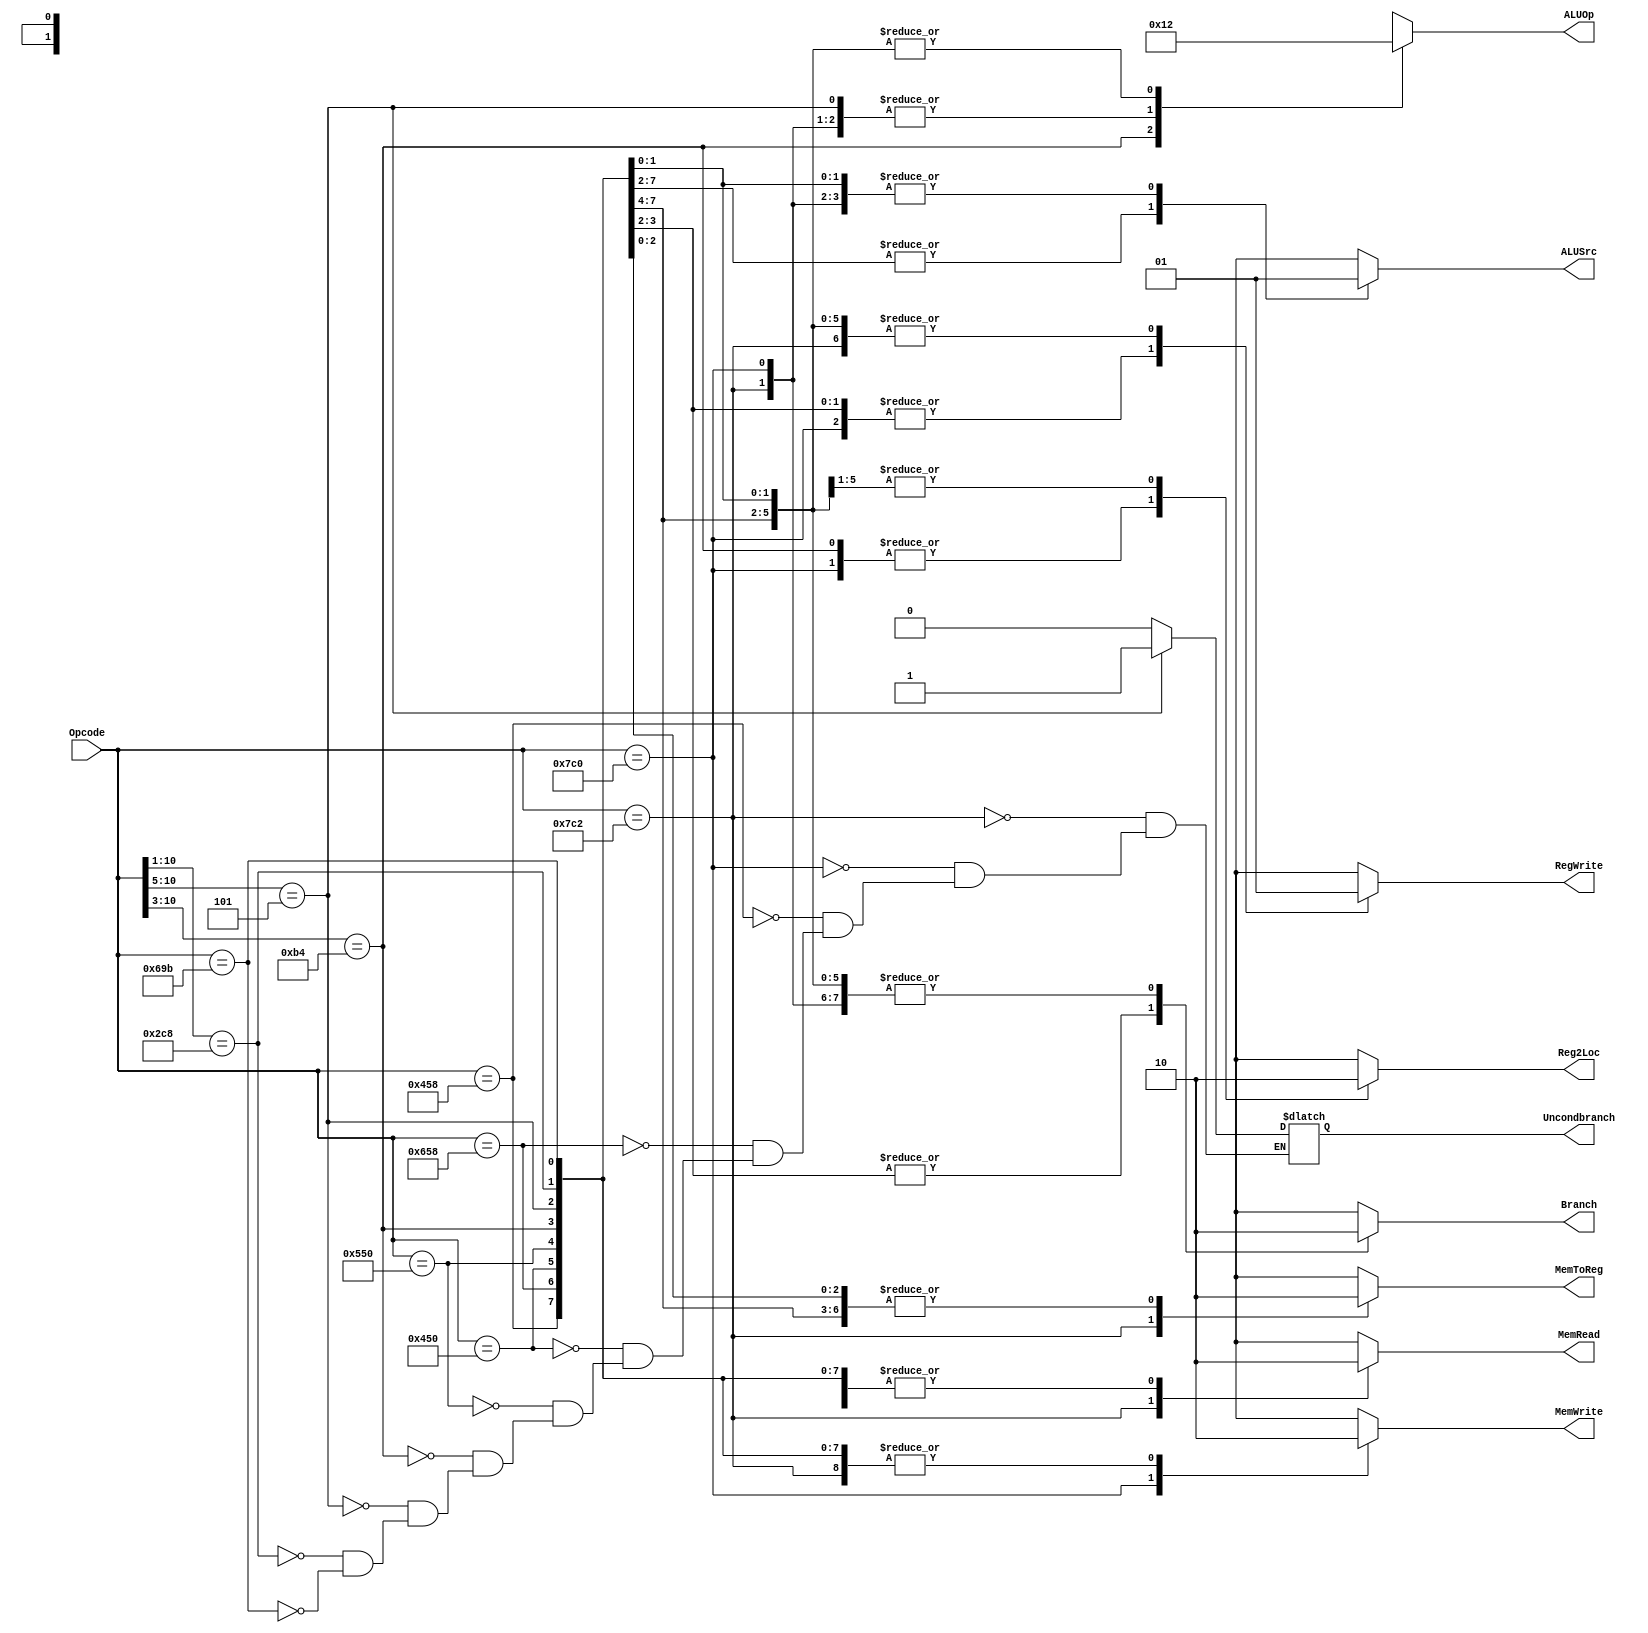
`timescale 1ns / 1ps
//////////////////////////////////////////////////////////////////////////////////
// Company: 
// Engineer: 
// 
// Design Name: 
// Module Name:    SingleCycleControl 
// Project Name: 
// Target Devices: 
// Tool versions: 
// Description: 
//
// Dependencies: 
//
// Revision: 
// Revision 0.01 - File Created
// Additional Comments: 
//
//////////////////////////////////////////////////////////////////////////////////
`define LDUROPCODE 11'b11111000010
`define STUROPCODE 11'b11111000000
`define ADDOPCODE  11'b10001011000
`define SUBOPCODE  11'b11001011000
`define ANDOPCODE  11'b10001010000
`define ORROPCODE  11'b10101010000
`define CBZOPCODE  11'b10110100???
`define BOPCODE    11'b000101?????
`define ORRIOPCODE 11'b1011001000?
`define LSLOPCODE  11'b11010011011
/* Note, the "?"'s in CBZ and B indicate don't care in a casez */

module SingleCycleControl(Reg2Loc, ALUSrc, MemToReg, RegWrite, MemRead, MemWrite, Branch, Uncondbranch, ALUOp, Opcode);
   input [10:0] Opcode;
   output 	Reg2Loc;
   output 	ALUSrc;
   output 	MemToReg;
   output 	RegWrite;
   output 	MemRead;
   output 	MemWrite;
   output 	Branch;
   output 	Uncondbranch;
   
   output [1:0] ALUOp;
   
   reg 		Reg2Loc, ALUSrc, MemToReg, RegWrite, MemRead, MemWrite, Branch, Uncondbranch;
   reg [1:0] 	ALUOp;
   always @ (Opcode) begin
      casez(Opcode)
        `LDUROPCODE: begin
           Reg2Loc <= #2 1'bx;
           Uncondbranch <= #2 1'b0;
           Branch <= #2 1'b0;
           MemRead <= #2 1'b1;
           MemToReg <= #2 1'b1;
           MemWrite <= #2 1'b0;
           ALUSrc <= #2 1'b1;
           RegWrite <= #2 1'b1;
           ALUOp <= #2 2'b00;
        end

         `STUROPCODE: begin
           Reg2Loc <= #2 1'b1;
           Uncondbranch <= #2 1'b0;
           Branch <= #2 1'b0;
           MemRead <= #2 1'b0;
           MemToReg <= #2 1'bx;
           MemWrite <= #2 1'b1;
           ALUSrc <= #2 1'b1;
           RegWrite <= #2 1'b0;
           ALUOp <= #2 2'b00;
        end

        `ADDOPCODE: begin
           Reg2Loc <= #2 1'b0;
           Uncondbranch <= #2 1'b0;
           Branch <= #2 1'b0;
           MemRead <= #2 1'b0;
           MemToReg <= #2 1'b0;
           MemWrite <= #2 1'b0;
           ALUSrc <= #2 1'b0;
           RegWrite <= #2 1'b1;
           ALUOp <= #2 2'b10;
        end

         `SUBOPCODE: begin
           Reg2Loc <= #2 1'b0;
           Uncondbranch <= #2 1'b0;
           Branch <= #2 1'b0;
           MemRead <= #2 1'b0;
           MemToReg <= #2 1'b0;
           MemWrite <= #2 1'b0;
           ALUSrc <= #2 1'b0;
           RegWrite <= #2 1'b1;
           ALUOp <= #2 2'b10;
        end

         `ANDOPCODE: begin
           Reg2Loc <= #2 1'b0;
           Uncondbranch <= #2 1'b0;
           Branch <= #2 1'b0;
           MemRead <= #2 1'b0;
           MemToReg <= #2 1'b0;
           MemWrite <= #2 1'b0;
           ALUSrc <= #2 1'b0;
           RegWrite <= #2 1'b1;
           ALUOp <= #2 2'b10;
        end

   `ORROPCODE: begin
           Reg2Loc <= #2 1'b0;
           Uncondbranch <= #2 1'b0;
           Branch <= #2 1'b0;
           MemRead <= #2 1'b0;
           MemToReg <= #2 1'b0;
           MemWrite <= #2 1'b0;
           ALUSrc <= #2 1'b0;
           RegWrite <= #2 1'b1;
           ALUOp <= #2 2'b10;
        end
     `CBZOPCODE: begin
           Reg2Loc <= #2 1'b1;
           Uncondbranch <= #2 1'b0;
           Branch <= #2 1'b1;
           MemRead <= #2 1'b0;
           MemToReg <= #2 1'bx;
           MemWrite <= #2 1'b0;
           ALUSrc <= #2 1'b0;
           RegWrite <= #2 1'b0;
           ALUOp <= #2 2'b01;
        end 
     `BOPCODE: begin
           Reg2Loc <= #2 1'bx;
           Uncondbranch <= #2 1'b1;
           Branch <= #2 1'b1;
           MemRead <= #2 1'b0;
           MemToReg <= #2 1'b0;
           MemWrite <= #2 1'b0;
           ALUSrc <= #2 1'b0;
           RegWrite <= #2 1'b0;
           ALUOp <= #2 2'b00;
        end
       `ORRIOPCODE: begin
           Reg2Loc <= #2 1'b0;
           Uncondbranch <= #2 1'b0;
           Branch <= #2 1'b0;
           MemRead <= #2 1'b0;
           MemToReg <= #2 1'b0;
           MemWrite <= #2 1'b0;
           ALUSrc <= #2 1'b1;
           RegWrite <= #2 1'b1;
           ALUOp <= #2 2'b10;
       end
       `LSLOPCODE: begin
           Reg2Loc <= #2 1'bx;
           Uncondbranch <= #2 1'b0;
           Branch <= #2 1'b0;
           MemRead <= #2 1'b0;
           MemToReg <= #2 1'b0;
           MemWrite <= #2 1'b0;
           ALUSrc <= #2 1'b1;
           RegWrite <= #2 1'b1;
           ALUOp <= #2 2'b10;
       end
        /*add code here for the rest of the instructions*/
        default: begin
           Reg2Loc <= #2 1'bx;
           ALUSrc <= #2 1'bx;
           MemToReg <= #2 1'bx;
           RegWrite <= #2 1'bx;
           MemRead <= #2 1'bx;
           MemWrite <= #2 1'bx;
           Branch <= #2 1'bx;
           ALUOp <= #2 2'bxx;
        end
      endcase
   end
endmodule